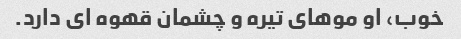
خوب، او موهای تیره و چشمان قهوه ای دارد.